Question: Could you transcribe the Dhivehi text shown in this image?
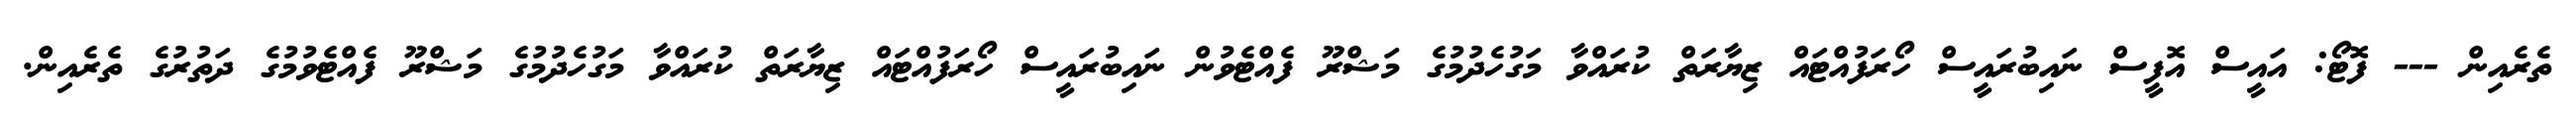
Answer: ތެރެއިން --- ފޮޓޯ: އައީސް އޮފީސް ނައިބުރައީސް ހޯރަފުއްޓައް ޒިޔާރަތް ކުރައްވާ މަގުހެދުމުގެ މަޝްރޫ ފެއްޓެވުން ނައިބުރައީސް ހޯރަފުއްޓައް ޒިޔާރަތް ކުރައްވާ މަގުހެދުމުގެ މަޝްރޫ ފެއްޓެވުމުގެ ދަތުރުގެ ތެރެއިން.